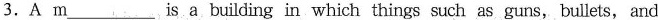
3.A m___is a building in which things such as guns, bullets, and